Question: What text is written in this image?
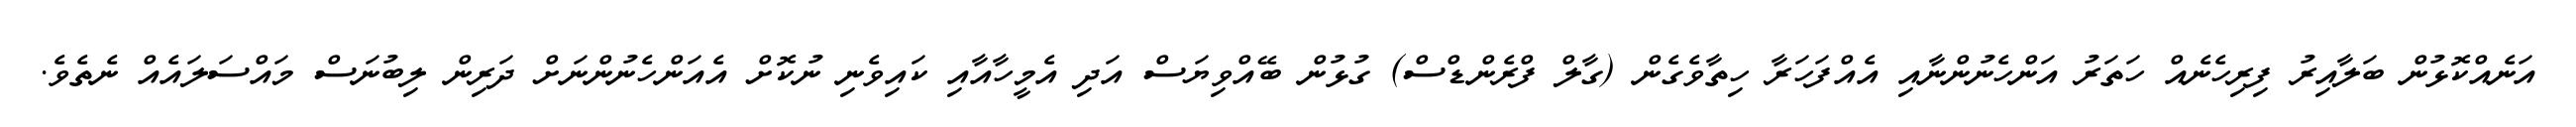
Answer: އަނެއްކޮޅުން ބަލާއިރު ފިރިހެނެއް ހަތަރު އަންހެނުންނާއި އެއްފަހަރާ ހިތާވެގެން (ގާލް ފްރެންޑްސް) ގުޅުން ބޭއްވިޔަސް އަދި އެމީހާއާއި ކައިވެނި ނުކޮށް އެއަންހެނުންނަށް ދަރިން ލިބުނަސް މައްސަލައެއް ނެތެވެ.